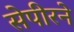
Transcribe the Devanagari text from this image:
सेपीरने